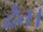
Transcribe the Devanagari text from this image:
द्वैत।